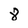
Character: 8